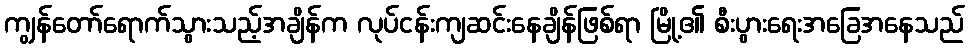
ကျွန်တော်ရောက်သွားသည့်အချိန်က လုပ်ငန်းကျဆင်းနေချိန်ဖြစ်ရာ မြို့၏ စီးပွားရေးအခြေအနေသည်